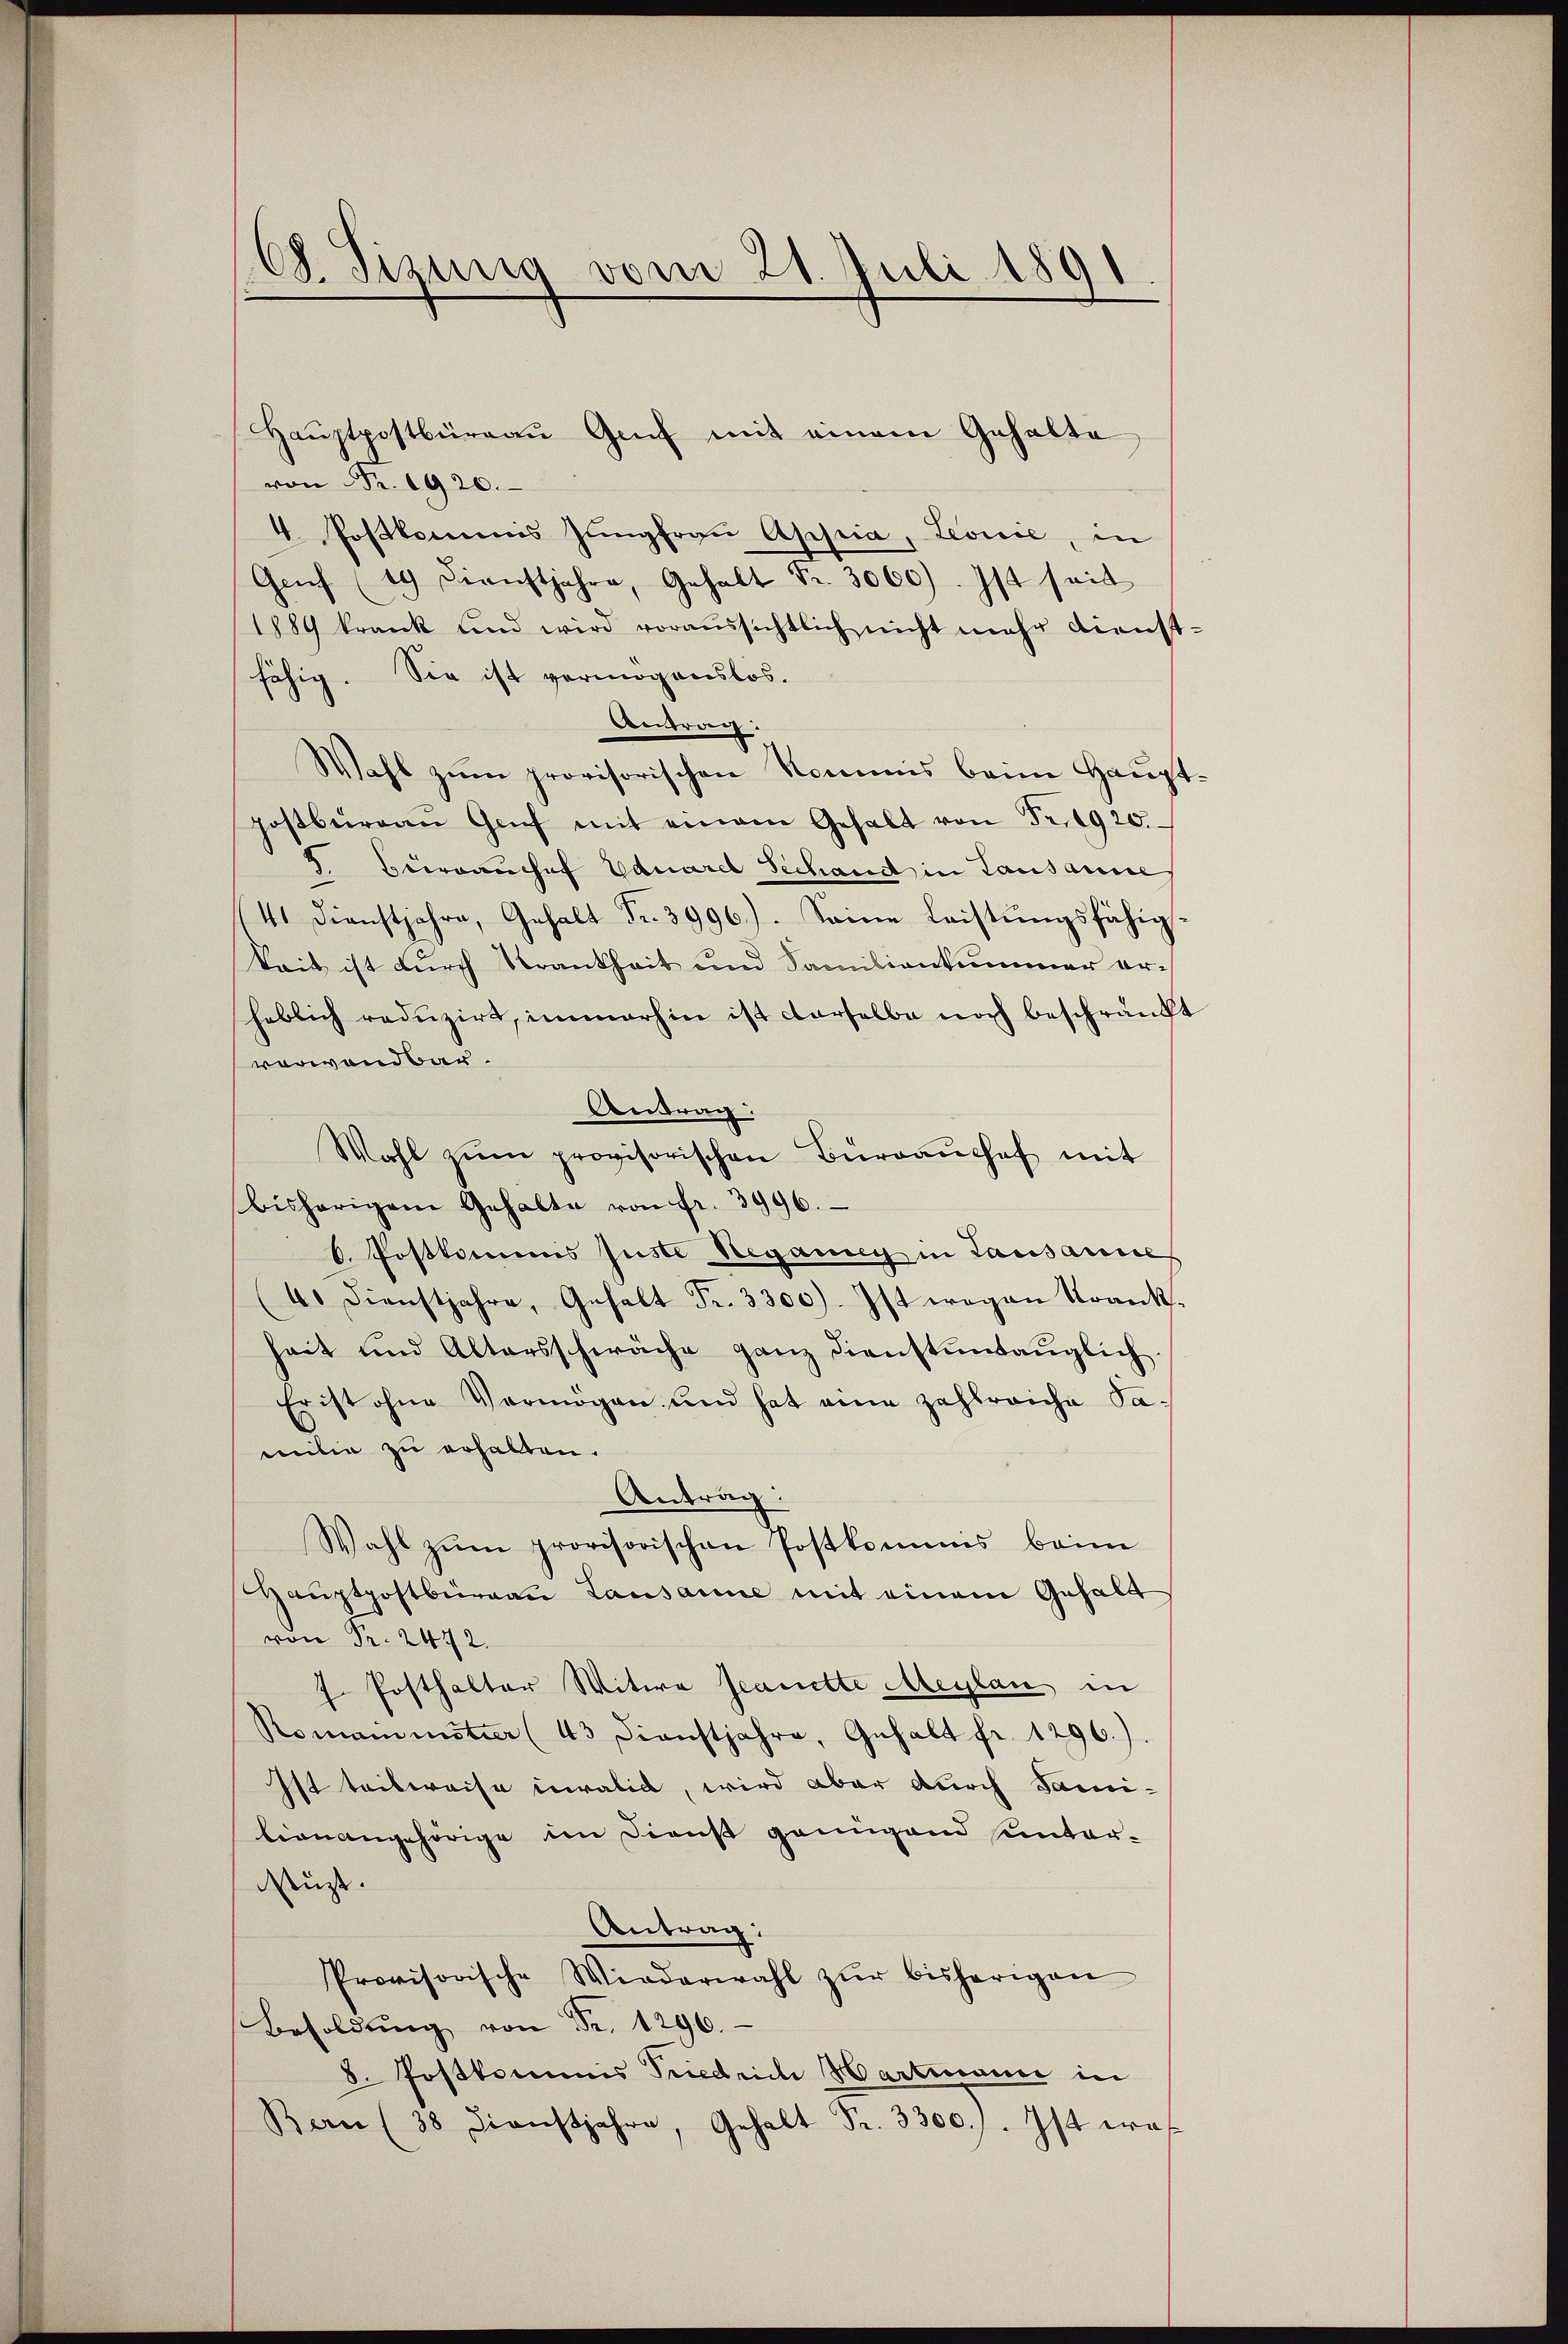
C. Sizung vom 21. Juli 1891

von Fr. 1920.
4. Postkommis Jungfrau Appia, Leonie, in
Genf (19) Dienstjahre, Gehalt Fr. 3060). Ist seit
1889 krank und wird voraussichtlich nicht mehr dienstfähig. Sie ist vermögenslos.
Antrag:
Wahl zum provisorischen Kommis beim Hauptpostbüreau Genf mit einem Gehalt von Fr. 1920.
5. Beivranchef Eduarel Sechand in Lausanne
41 Dienstjahre, Gehalt Fr. 3996.). Seine Leistungsfähigkeit ist durch Krankheit und Familienkummer er-
heblich reduzirt, immerhin ist derselbe noch beschränkt
vorwandbar.
Antrag:
Wahl zŭm provisorischen Büreaŭshof mit
bisherigem Gehalte von fr. 3996.
b. Postkommis Juste Regang in Lausanne
4. Dienstjahre, Gehalt Fr. 3300). Ist wegen Krank-
heit und Altersschwäche ganz dienstuntauglich.
Er ist ohne Vermögen und hat eine zahlreiche Samilie zu erhalten.
Antrag:
Wahl zŭm provisorischen Postkommis beim
Haŭptpostbürgau Lausanne mit einem Gehalt
von Fr. 2472.
J. Posthalter Witwe Jeanette Meylau in
Romanimitier (43 Dienstjahre, Gehalt fr. 1296).
Ist teilweise invalid, wird aber durch Sami-
lion angehörige im Dienst genügend unter-
stüzt.
Antrag:
Provisorische Wiederwahl zŭr bisherigen
Besoldŭng von Fr. 1296.
8. Postkommis Friedrich Hartmann in
Bern (38 Dienstjahre, Gehalt Fr. 3300./. Ist was

Haŭptpostbüreaŭ Genf mit einem Gehalte